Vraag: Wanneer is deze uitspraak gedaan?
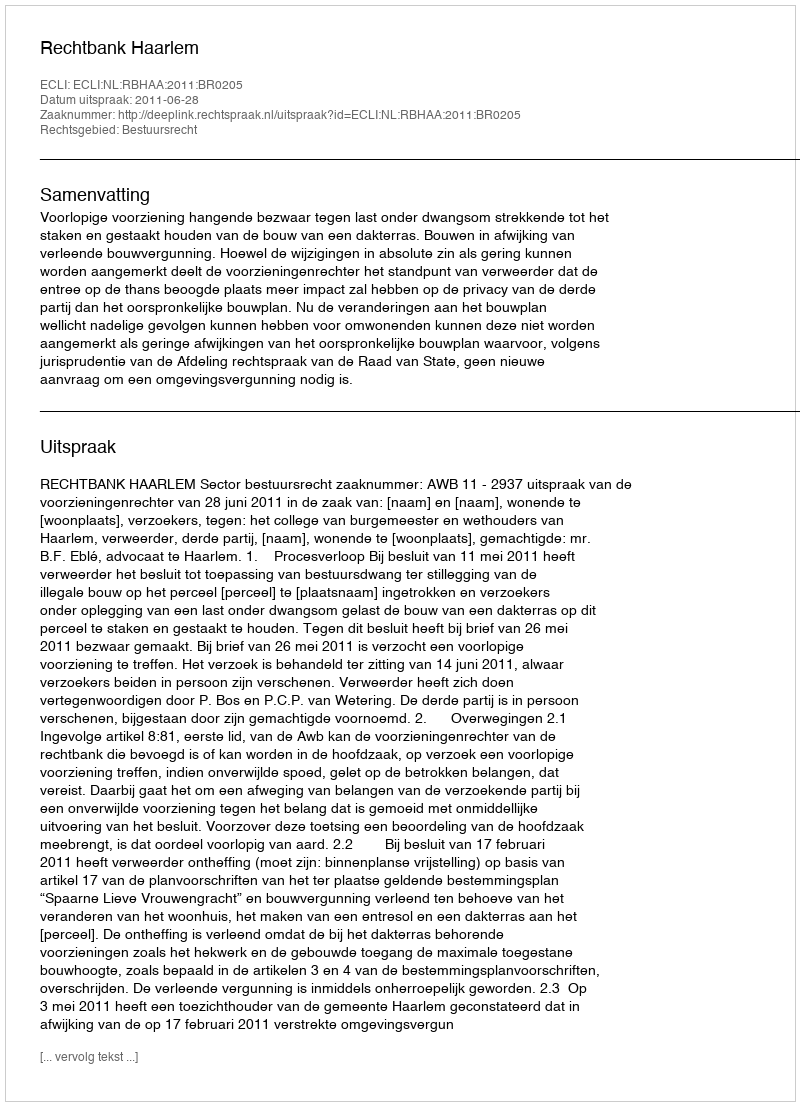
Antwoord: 2011-06-28